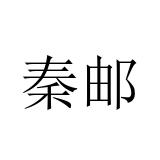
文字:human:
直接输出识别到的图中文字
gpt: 秦邮